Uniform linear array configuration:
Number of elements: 8
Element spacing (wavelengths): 1
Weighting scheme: exponential
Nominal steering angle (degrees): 30
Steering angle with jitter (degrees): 31.63
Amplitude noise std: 0.05
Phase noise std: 0.05

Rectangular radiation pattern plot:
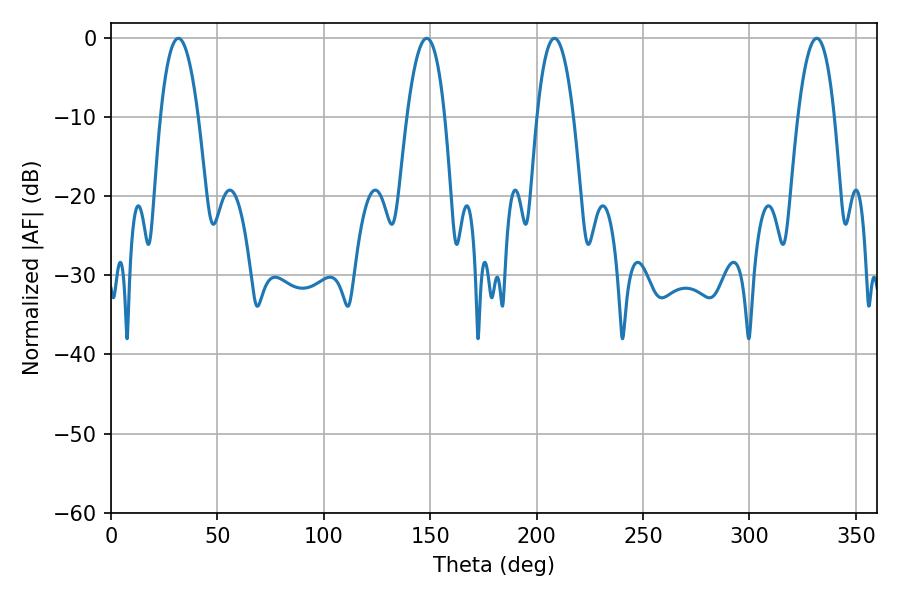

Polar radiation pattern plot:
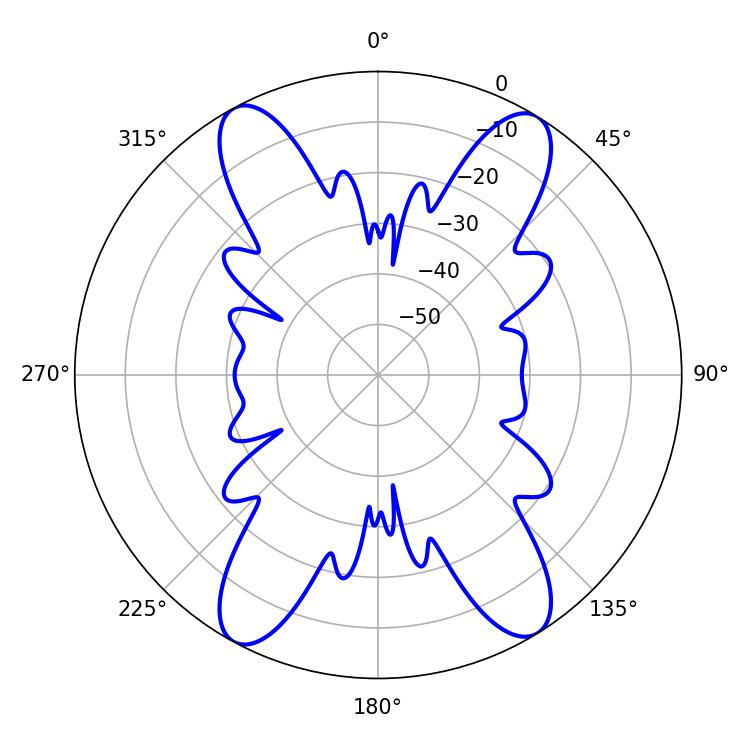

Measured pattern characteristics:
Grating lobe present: TRUE
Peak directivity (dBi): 18.826
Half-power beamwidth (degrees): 9.9
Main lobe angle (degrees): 31.68